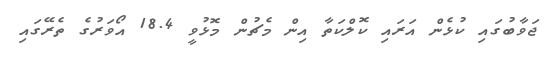
ޖަވާބުގައި ކުޅެން އަރައި ކޮލްކަތާ އިން މެޗުން މޮޅުވީ 18.4 އޯވަރުގެ ތެރޭގައި